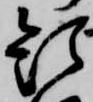
題